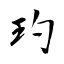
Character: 玓